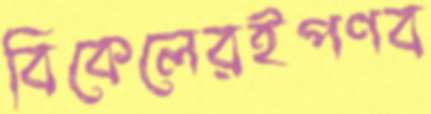
বিকেলেরইপণব